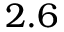
2 . 6